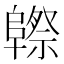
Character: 𱀮